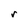
Character: r